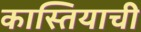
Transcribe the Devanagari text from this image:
कास्तियाची